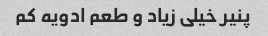
پنیر خیلی زیاد و طعم ادویه کم